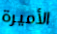
الأميرة